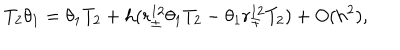
LaTeX: T _ { 2 } \theta _ { 1 } = \theta _ { 1 } T _ { 2 } + h ( r _ { \pm } ^ { 1 2 } \theta _ { 1 } T _ { 2 } - \theta _ { 1 } r _ { \mp } ^ { 1 2 } T _ { 2 } ) + O ( h ^ { 2 } ) ,